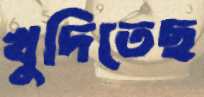
খুদিতেছ